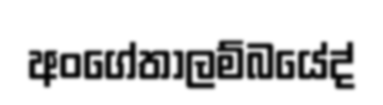
අංගේතාලම්බයේද්